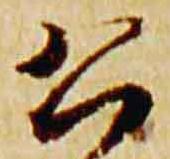
公